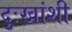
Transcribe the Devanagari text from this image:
दुःखांशी